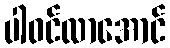
ပါဝင်လာအောင်